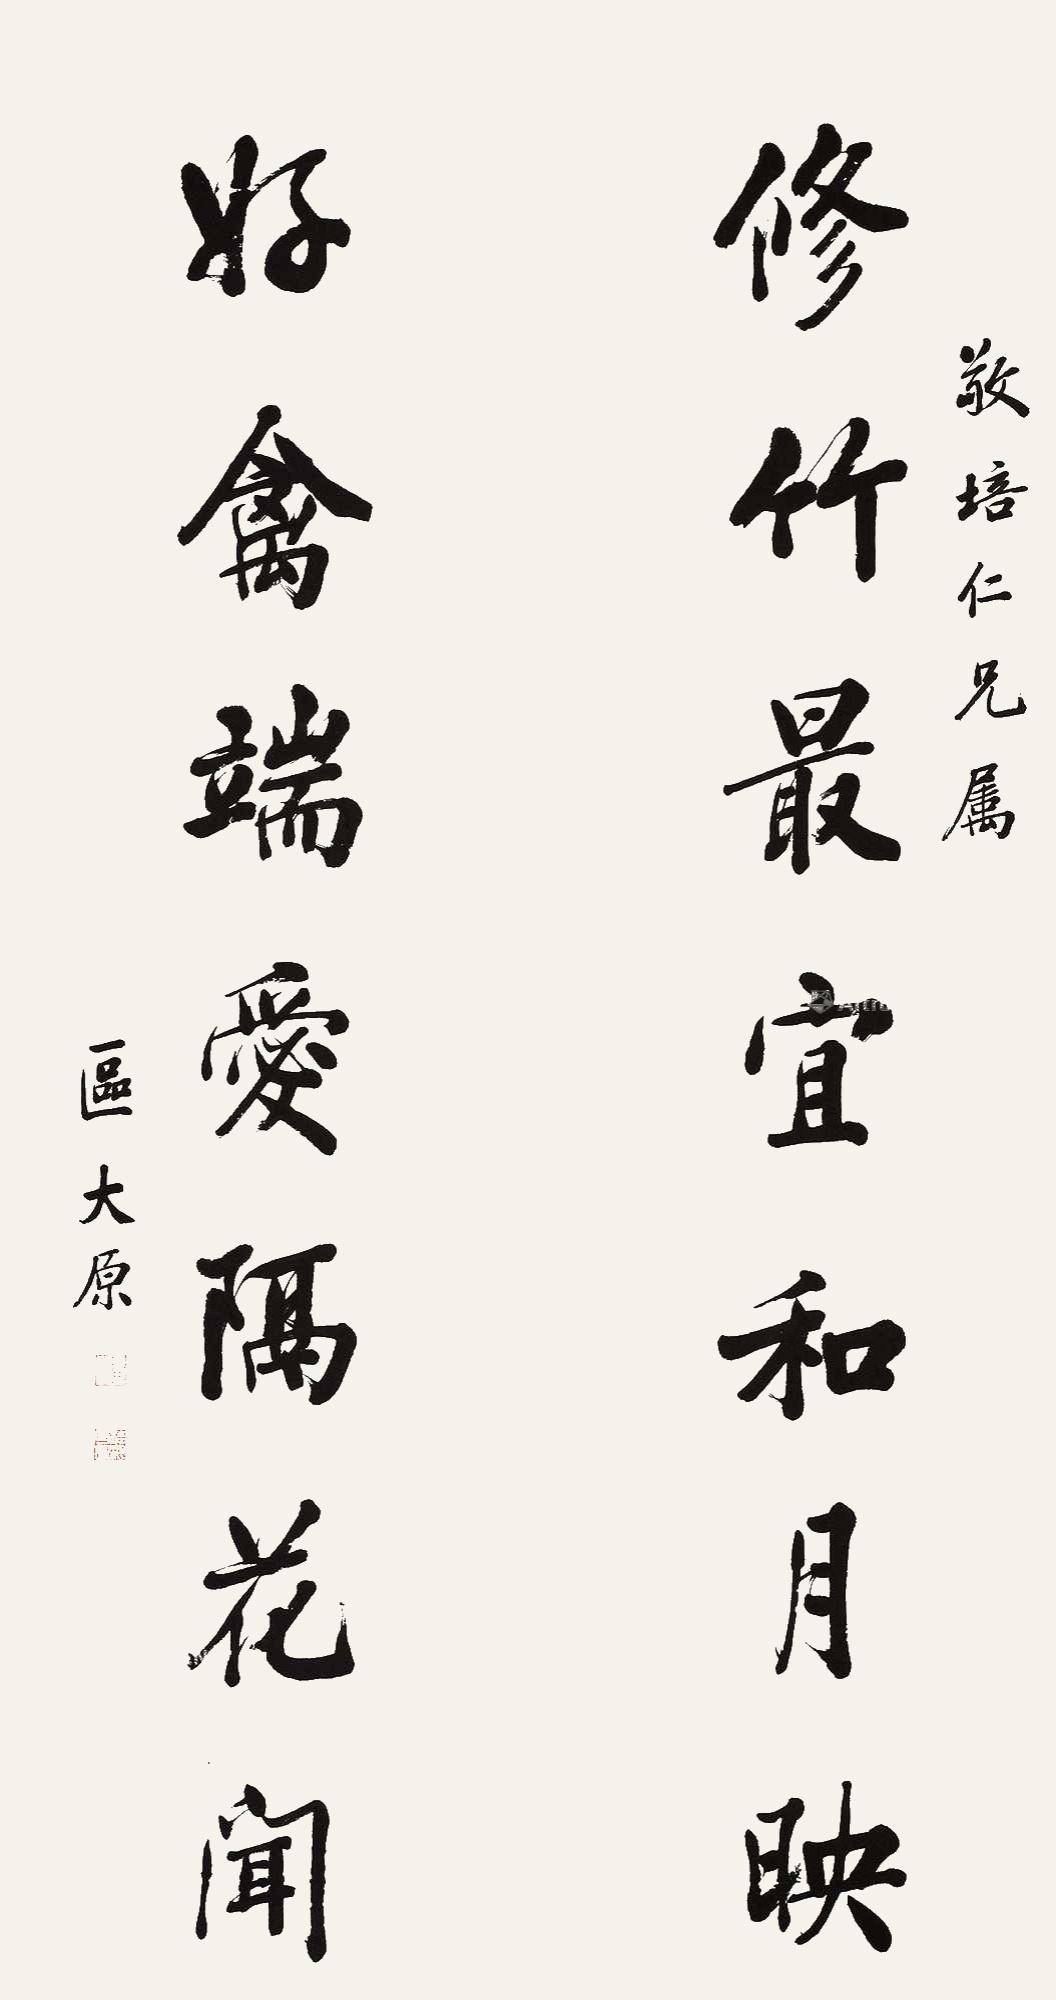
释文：修竹最宜和月映，好禽端爱隔花闻。敬培仁兄属，区大原。